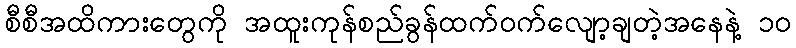
စီစီအထိကားတွေကို အထူးကုန်စည်ခွန်ထက်ဝက်လျော့ချတဲ့အနေနဲ့ ၁၀